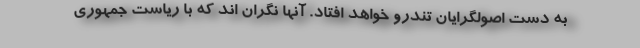
به دست اصولگرایان تندرو خواهد افتاد. آنها نگران اند که با ریاست جمهوری